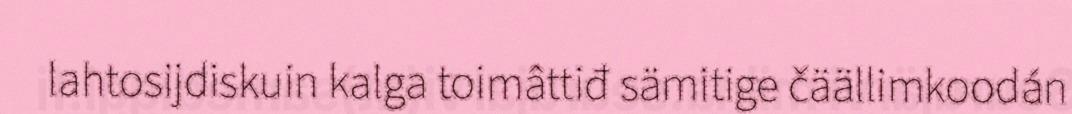
lahtosijdiskuin kalga toimâttiđ sämitige čäällimkoodán